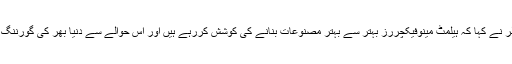
مسوری کے مینیجنگ ڈائریکٹر سیم ملر نے کہا کہ ہیلمٹ مینوفیکچررز بہتر سے بہتر مصنوعات بنانے کی کوشش کررہے ہیں اور اس حوالے سے دنیا بھر کی گورننگ اتھارٹیز سے رابطہ بھی کیا جاتا ہے۔